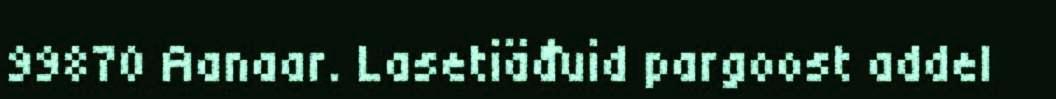
99870 Aanaar. Lasetiäđuid pargoost addel